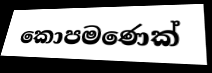
කොපමණෙක්